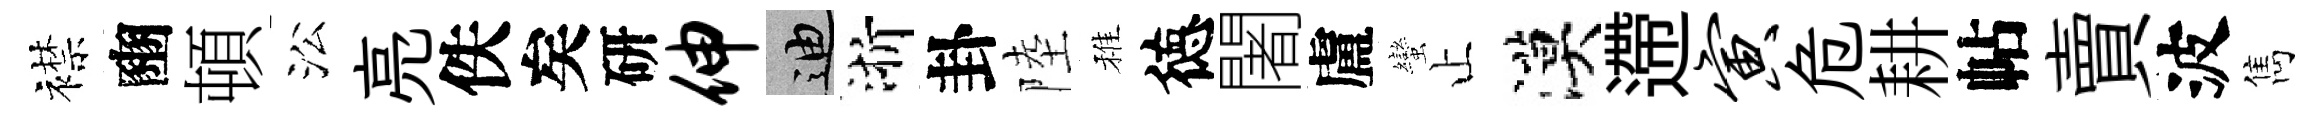
襟豳頓㳂亮佚矣研伸迪浙卦陸稚徳闍盧蠻止漠遰寅危耕帖賣波雋